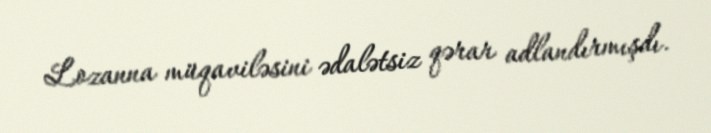
Lozanna müqaviləsini ədalətsiz qərar adlandırmışdı.